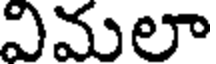
విమలా